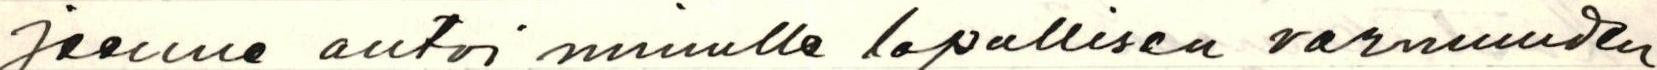
jeenne antoi minulle lopullisen varmuuden